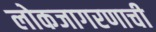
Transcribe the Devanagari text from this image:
लोकजागरणाची